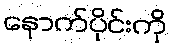
နောက်ပိုင်းကို